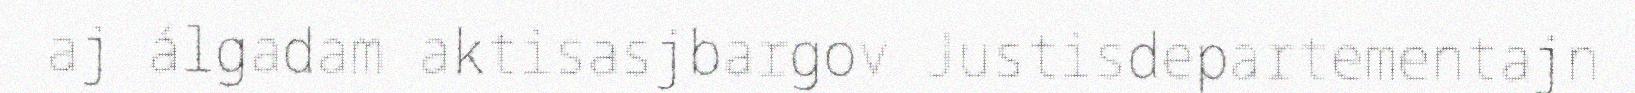
aj álgadam aktisasjbargov Justisdepartementajn